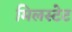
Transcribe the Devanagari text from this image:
मिलस्टेट